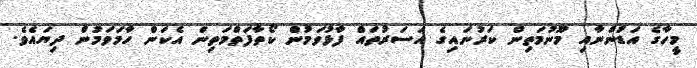
މީހާގެ އަޑުންނާއި މޫނުމަތިން ކަރުނައިގެ އަސަރުތައް ފާޅުވަމުން ކޯތާފަތްމަތިން އެކަން ހާމަވަމުން ދިޔައެވެ.